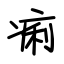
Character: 痢